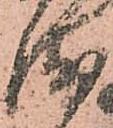
衛